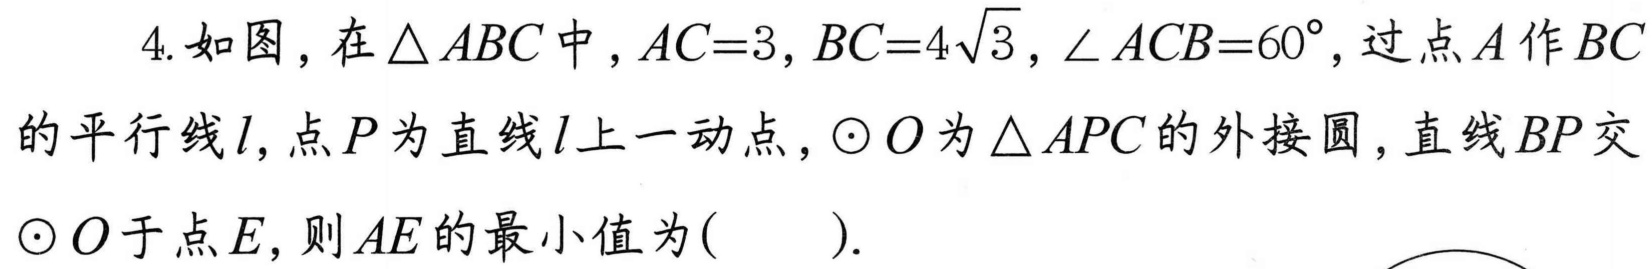
4. 如图，在 \(\triangle ABC\) 中，\(AC = 3\)，\(BC = 4\sqrt{3}\)，\(\angle ACB = 60^{\circ}\)，过点 \(A\) 作 \(BC\) 的平行线 \(l\)，点 \(P\) 为直线 \(l\) 上一动点，\(\odot O\) 为 \(\triangle APC\) 的外接圆，直线 \(BP\) 交 \(\odot O\) 于点 \(E\)，则 \(AE\) 的最小值为(  ).